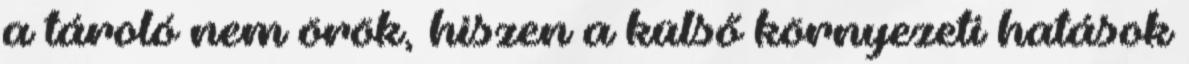
a tároló nem örök, hiszen a külső környezeti hatások